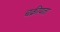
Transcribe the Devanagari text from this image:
चक्रीयता